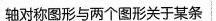
轴对称图形与两个图形关于某条